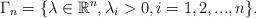
LaTeX: \begin{align*}\Gamma_n=\{\lambda \in \mathbb{R}^n, \lambda_i>0, i=1,2,...,n\}.\end{align*}